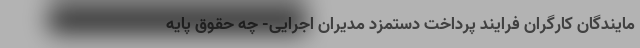
مایندگان کارگران فرایند پرداخت دستمزد مدیران اجرایی- چه حقوق پایه